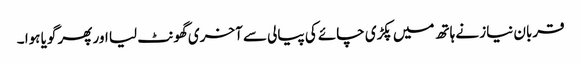
قربان نیاز نے ہاتھ میں پکڑی چائے کی پیالی سے آخری گھونٹ لیا اور پھر گویا ہوا ۔